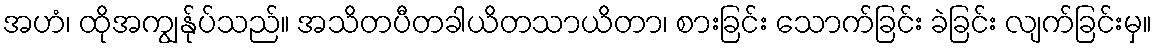
အဟံ၊ ထိုအကျွန်ုပ်သည်။ အသိတပီတခါယိတသာယိတာ၊ စားခြင်း သောက်ခြင်း ခဲခြင်း လျက်ခြင်းမှ။